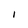
Character: I